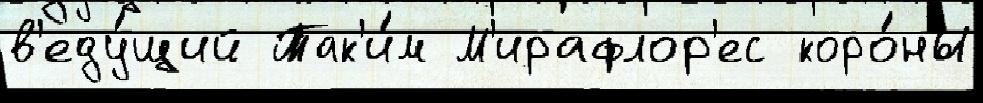
в'еду́щий Так'и́м М'ирафлор'ес коро́ны